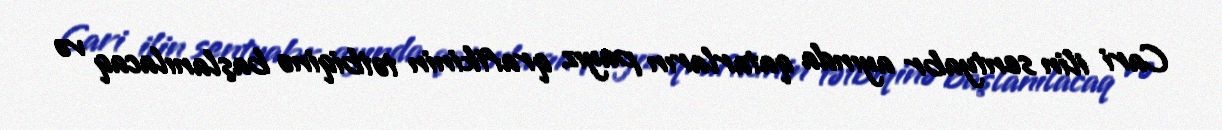
Cari ilin sentyabr ayında qatarların payız qrafikinin tətbiqinə başlanılacaq və